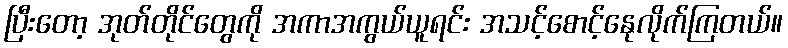
ပြီးတော့ အုတ်တိုင်တွေကို အကာအကွယ်ယူရင်း အသင့်စောင့်နေုလိုက်ကြတယ်။